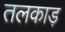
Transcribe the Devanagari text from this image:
तलकाड़